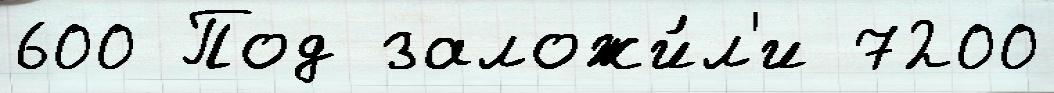
600 Под заложи́л'и 7200